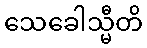
သေခေါသ္မီတိ